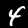
Label: 4